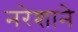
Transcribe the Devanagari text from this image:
नरेशाने